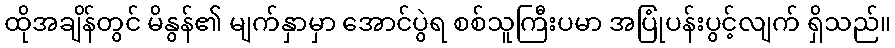
ထိုအချိန်တွင် မိနွန်၏ မျက်နှာမှာ အောင်ပွဲရ စစ်သူကြီးပမာ အပြုံပန်းပွင့်လျက် ရှိသည်။